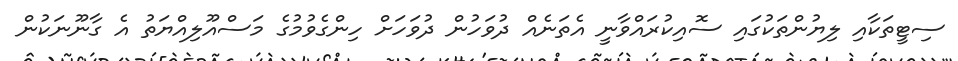
ސިޓީތަކާއި ލިޔުންތަކުގައި ސޮއިކުރައްވާނީ އެތަނެއް ދުވަހުން ދުވަހަށް ހިންގެވުމުގެ މަސްއޫލިއްޔަތު އެ ގާނޫނަކުން